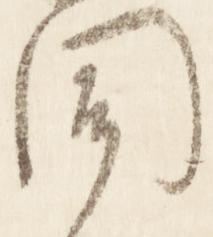
聞